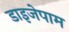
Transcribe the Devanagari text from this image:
डाइजेपाम